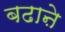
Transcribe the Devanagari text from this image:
बढाऩे